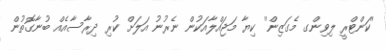
''ކަންޓްރީ ލިވިންގ މެގަޒިން'' ކިޔާ މަޖައްލާއަކުން ނެރުނު އަލަށް ކުރި ދިރާސާއެއް ބުނާގޮތުން